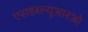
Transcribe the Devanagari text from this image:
एसडब्ल्यूआरओ